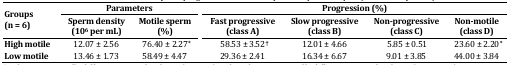
<table><thead><tr><td rowspan="2"><b>Groups (n = 6)</b></td><td colspan="2"><b>Parameters</b></td><td></td><td colspan="4"><b>Progression (%)</b></td></tr><tr><td><b>Sperm density(10<sup>6</sup> per mL)</b></td><td><b>Motile sperm (%)</b></td><td></td><td><b>Fast progressive (class A)</b></td><td><b>Slow progressive(class B)</b></td><td><b>Non-progressive(class C)</b></td><td><b>Non-motile (class D)</b></td></tr></thead><tbody><tr><td><b>High motile</b></td><td>12.07 ± 2.56</td><td> 76.40 ± 2.27*</td><td></td><td> 58.53 ± 3.52†</td><td>12.01 ± 4.66</td><td> 5.85 ± 0.51</td><td> 23.60 ± 2.20*</td></tr><tr><td><b>Low motile</b></td><td>13.46 ± 1.73</td><td>58.49 ± 4.47</td><td></td><td>29.36 ± 2.41</td><td>16.34 ± 6.67</td><td>9.01 ± 3.85</td><td>44.00 ± 3.84</td></tr></tbody></table>